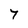
Character: 7